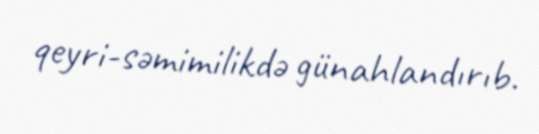
qeyri-səmimilikdə günahlandırıb.